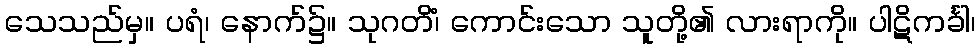
သေသည်မှ။ ပရံ၊ နောက်၌။ သုဂတိံ၊ ကောင်းသော သူတို့၏ လားရာကို။ ပါဋိကင်္ခါ၊